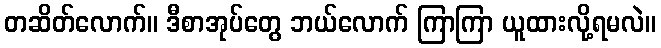
တဆိတ်လောက်။ ဒီစာအုပ်တွေ ဘယ်လောက် ကြာကြာ ယူထားလို့ရမလဲ။